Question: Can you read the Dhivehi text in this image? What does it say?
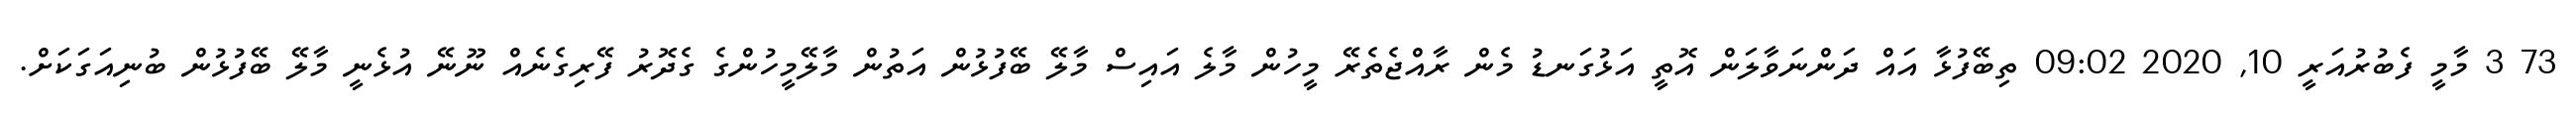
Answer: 73 3 މާމީ ފެބުރުއަރީ 10, 2020 09:02 ތިބޭފުޅާ އައް ދަންނަވާލަން އޮތީ އަޅުގަނޑު މެން ރާއްޖެތެރޭ މީހުން މާލެ އައިސް މާލޭ ބޭފުޅުން އަތުން މާލޭމީހުންގެ ގެދޮރު ފޭރިގެނެއް ނޫނޭ އުޅެނީ މާލޭ ބޭފުޅުން ބުނިއަގަކަށް.